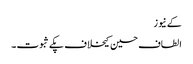
کے نیوز
الطاف حسین کیخلاف پکے ثبوت ۔